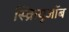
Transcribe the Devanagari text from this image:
स्क्रियुजॉब